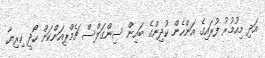
އަދި މިއުމުރު ފުރައިގެ އަންހެން ކުދިންގެ ބައިން ސިންގަަލްސް ޗެމްޕިއަންކަން ހޯދީ ހިރިޔާ